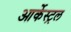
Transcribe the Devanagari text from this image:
आर्केस्ट्रल